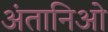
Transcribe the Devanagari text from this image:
अंतानिओ